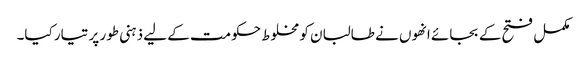
مکمل فتح کے بجائے انھوں نے طالبان کو مخلوط حکومت کے لیے ذہنی طور پر تیار کیا۔